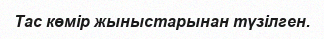
Тас көмір жыныстарынан түзілген.